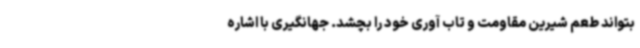
بتواند طعم شیرین مقاومت و تاب آوری خود را بچشد. جهانگیری با اشاره